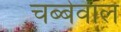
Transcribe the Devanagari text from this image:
चब्बेवाल